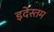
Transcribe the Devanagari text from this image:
इदेस्तम